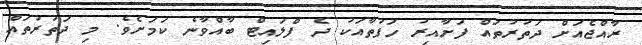
ރާއްޖެއަށް ދަތުރުތައް ފަށާއިރު ހަފުތާއަކު ދެ ފްލައިޓް ބާއްވާނެ ކަމަށެވެ. މި ދަތުރުތައް